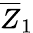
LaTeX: {\overline{{Z}}}_{1}